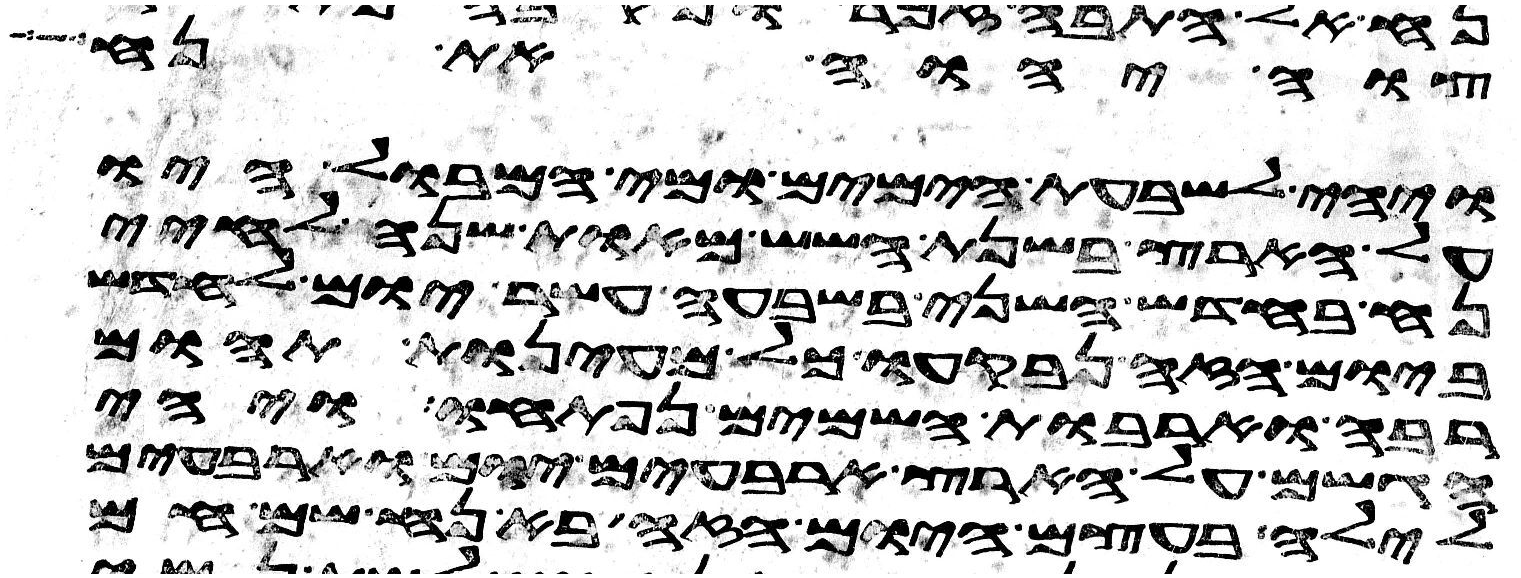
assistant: צוה יהוה את נח
ויהי לשבעת הימים ומי המבול היו
על הארץ בשנת השש מאות שנה לחיי
נח בחדש השני בשבעה עשר יום לחדש
ביום הזה נבקעו כל מעינות תהום
רבה וארבות השמים נפתחו ויהי
הגשם על הארץ ארבעים יום וארבעים
לילה בעצם היום הזה בא נח שם חם